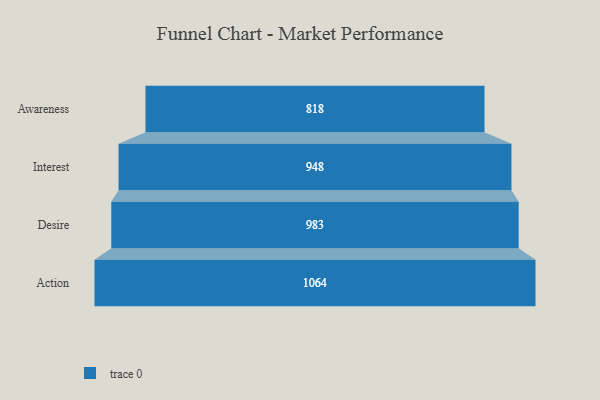
{"axis": {"x": "Stage", "y": "Value"}, "legend": [""], "data": [{"x": "Awareness", "y": 818.0, "type": ""}, {"x": "Interest", "y": 948.0, "type": ""}, {"x": "Desire", "y": 983.0, "type": ""}, {"x": "Action", "y": 1064.0, "type": ""}]}